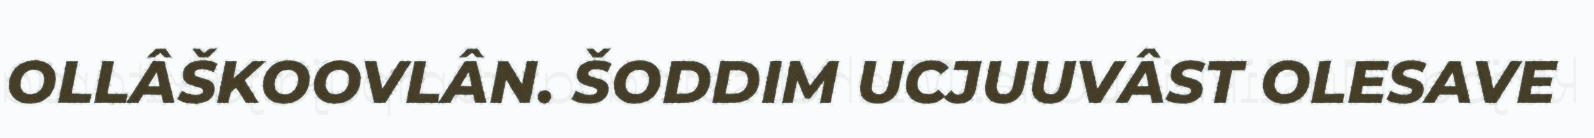
OLLÂŠKOOVLÂN. ŠODDIM UCJUUVÂST OLESAVE